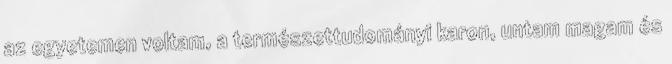
az egyetemen voltam, a természettudományi karon, untam magam és